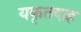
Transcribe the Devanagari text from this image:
यकृतदाह